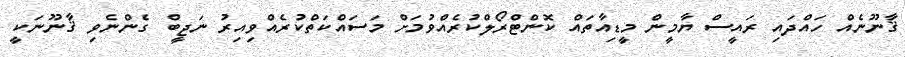
ޤާނޫނެއް ހައްދައި ރައީސް ޔާމީން މީޑިއާތައް ކޮންޓްރޯލްކުރެއްވުމަށް މަސައްކަތްކުރެއްވިއިރު ނަޖީބް ގެންނެވި ޤާނޫނަކީ